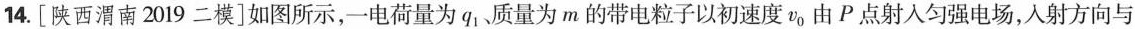
14.[陕西渭南2019二模]如图所示，一电荷量为q_{1}、质量为m的带电粒子以初速度v_{0}由P点射入匀强电场，入射方向与